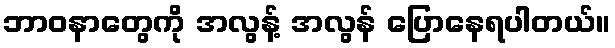
ဘာဝနာတွေကို အလွန့် အလွန် ပြောနေရပါတယ်။